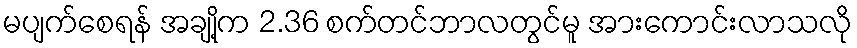
မပျက်စေရန် အချို့က 2.36 စက်တင်ဘာလတွင်မူ အားကောင်းလာသလို